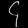
Digit: ၄